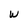
Character: w